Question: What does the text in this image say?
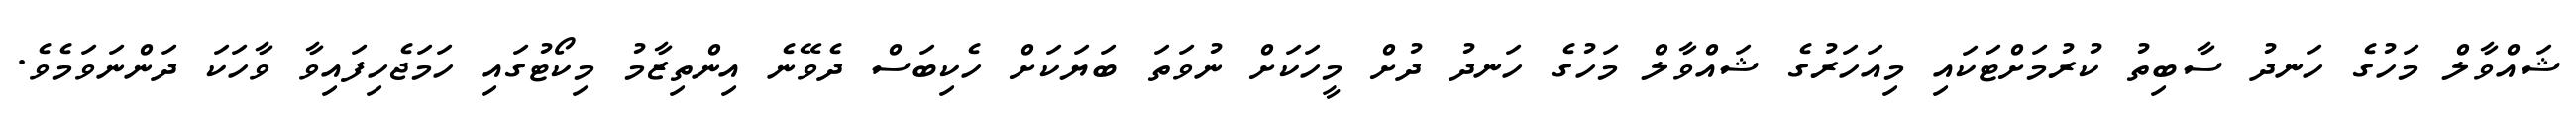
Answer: ޝައްވާލް މަހުގެ ހަނދު ސާބިތު ކުރުމަށްޓަކައި މިއަހަރުގެ ޝައްވާލް މަހުގެ ހަނދު ދުށް މީހަކަށް ނުވަތަ ބަޔަކަށް ހެކިބަސް ދެވޭނެ އިންތިޒާމު މިކޯޓުގައި ހަމަޖެހިފައިވާ ވާހަކަ ދަންނަވަމެވެ.